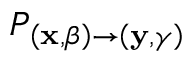
P _ { \left( \mathbf { x } , \beta \right) \rightarrow \left( \mathbf { y } , \gamma \right) }